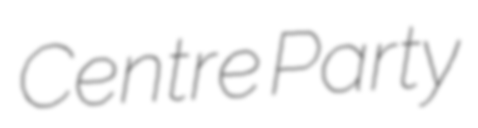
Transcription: Centre Party